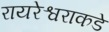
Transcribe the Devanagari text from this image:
रायरेश्वराकडे